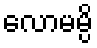
လောမမ္ပိ